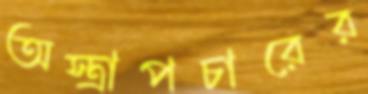
অস্ত্রাপচারের